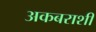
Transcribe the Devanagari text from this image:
अकबराशी